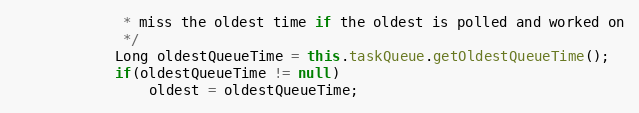
Language: Java
    	     * miss the oldest time if the oldest is polled and worked on
    	     */
    	    Long oldestQueueTime = this.taskQueue.getOldestQueueTime();
    	    if(oldestQueueTime != null)
    	        oldest = oldestQueueTime;